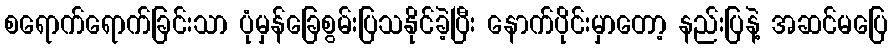
စရောက်ရောက်ခြင်းသာ ပုံမှန်ခြေစွမ်းပြသနိုင်ခဲ့ပြီး နောက်ပိုင်းမှာတော့ နည်းပြနဲ့ အဆင်မပြေ